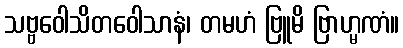
သဗ္ဗဝေါသိတဝေါသာနံ၊ တမဟံ ဗြူမိ ဗြာဟ္မဏံ။